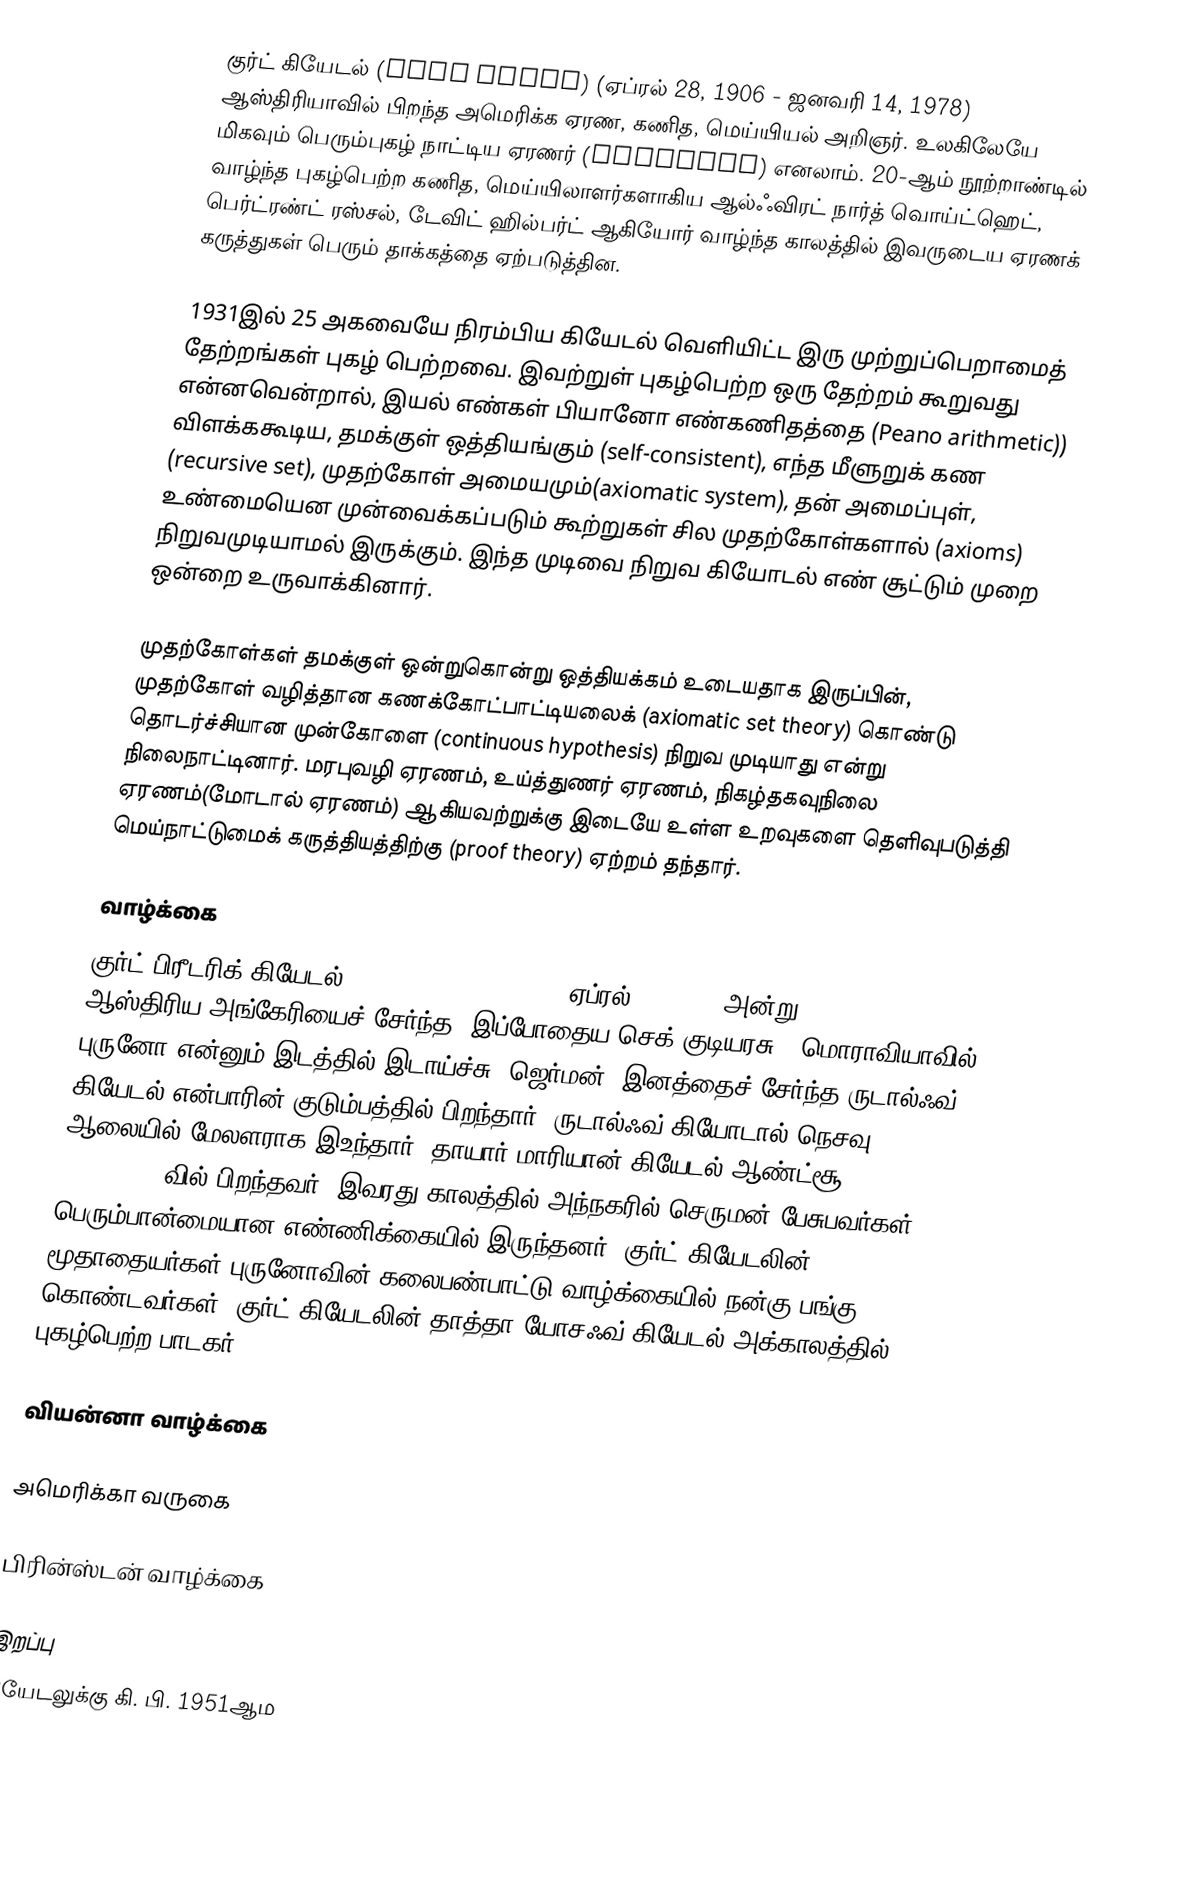
குர்ட் கியேடல் (Kurt Gödel) (ஏப்ரல் 28, 1906 - ஜனவரி 14, 1978) ஆஸ்திரியாவில் பிறந்த அமெரிக்க ஏரண, கணித, மெய்யியல் அறிஞர். உலகிலேயே மிகவும் பெரும்புகழ் நாட்டிய ஏரணர் (logician) எனலாம். 20-ஆம் நூற்றாண்டில் வாழ்ந்த புகழ்பெற்ற கணித, மெய்யிலாளர்களாகிய ஆல்ஃவிரட் நார்த் வொய்ட்ஹெட், பெர்ட்ரண்ட் ரஸ்சல், டேவிட் ஹில்பர்ட் ஆகியோர் வாழ்ந்த காலத்தில் இவருடைய ஏரணக் கருத்துகள் பெரும் தாக்கத்தை ஏற்படுத்தின.

1931இல் 25 அகவையே நிரம்பிய கியேடல்  வெளியிட்ட இரு முற்றுப்பெறாமைத் தேற்றங்கள் புகழ் பெற்றவை. இவற்றுள் புகழ்பெற்ற ஒரு தேற்றம் கூறுவது என்னவென்றால், இயல் எண்கள் பியானோ எண்கணிதத்தை (Peano arithmetic)) விளக்ககூடிய, தமக்குள் ஒத்தியங்கும் (self-consistent), எந்த மீளுறுக் கண (recursive set),  முதற்கோள் அமையமும்(axiomatic system), தன் அமைப்புள், உண்மையென முன்வைக்கப்படும் கூற்றுகள் சில முதற்கோள்களால் (axioms) நிறுவமுடியாமல் இருக்கும். இந்த முடிவை நிறுவ கியோடல் எண் சூட்டும் முறை ஒன்றை உருவாக்கினார்.

முதற்கோள்கள் தமக்குள் ஒன்றுகொன்று ஒத்தியக்கம் உடையதாக இருப்பின், முதற்கோள் வழித்தான கணக்கோட்பாட்டியலைக் (axiomatic set theory) கொண்டு தொடர்ச்சியான முன்கோளை (continuous hypothesis) நிறுவ முடியாது என்று நிலைநாட்டினார். மரபுவழி ஏரணம், உய்த்துணர் ஏரணம், நிகழ்தகவுநிலை ஏரணம்(மோடால் ஏரணம்) ஆகியவற்றுக்கு இடையே உள்ள உறவுகளை தெளிவுபடுத்தி மெய்நாட்டுமைக் கருத்தியத்திற்கு (proof theory) ஏற்றம் தந்தார்.

வாழ்க்கை
குர்ட் பிரீடரிக் கியேடல் (Kurt Friedrich Gödel) ஏப்ரல் 28, 1906 அன்று ஆஸ்திரிய-அங்கேரியைச் சேர்ந்த (இப்போதைய செக் குடியரசு), மொராவியாவில் புருனோ என்னும் இடத்தில் இடாய்ச்சு (ஜெர்மன்) இனத்தைச் சேர்ந்த ருடால்ஃவ் கியேடல் என்பாரின் குடும்பத்தில் பிறந்தார். ருடால்ஃவ் கியோடால் நெசவு ஆலையில் மேலளராக இஉந்தார். தாயார் மாரியான் கியேடல் ஆண்ட்சூ (Handschuh)வில் பிறந்தவர். இவரது காலத்தில் அந்நகரில் செருமன் பேசுபவர்கள் பெரும்பான்மையான எண்ணிக்கையில் இருந்தனர். குர்ட் கியேடலின் மூதாதையர்கள் புருனோவின் கலைபண்பாட்டு வாழ்க்கையில் நன்கு பங்கு கொண்டவர்கள். குர்ட் கியேடலின் தாத்தா யோசஃவ் கியேடல் அக்காலத்தில் புகழ்பெற்ற பாடகர்.

வியன்னா வாழ்க்கை

அமெரிக்கா வருகை

பிரின்ஸ்டன் வாழ்க்கை

இறப்பு
கியேடலுக்கு கி. பி. 1951ஆம